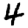
Digit: 4